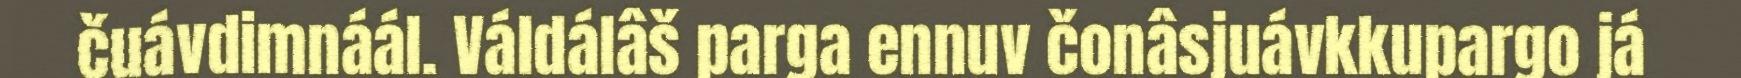
čuávdimnáál. Váldálâš parga ennuv čonâsjuávkkupargo já